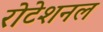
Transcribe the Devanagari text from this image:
रोटेशनल